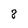
Character: 8